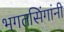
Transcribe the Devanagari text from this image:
भगतसिंगांनी